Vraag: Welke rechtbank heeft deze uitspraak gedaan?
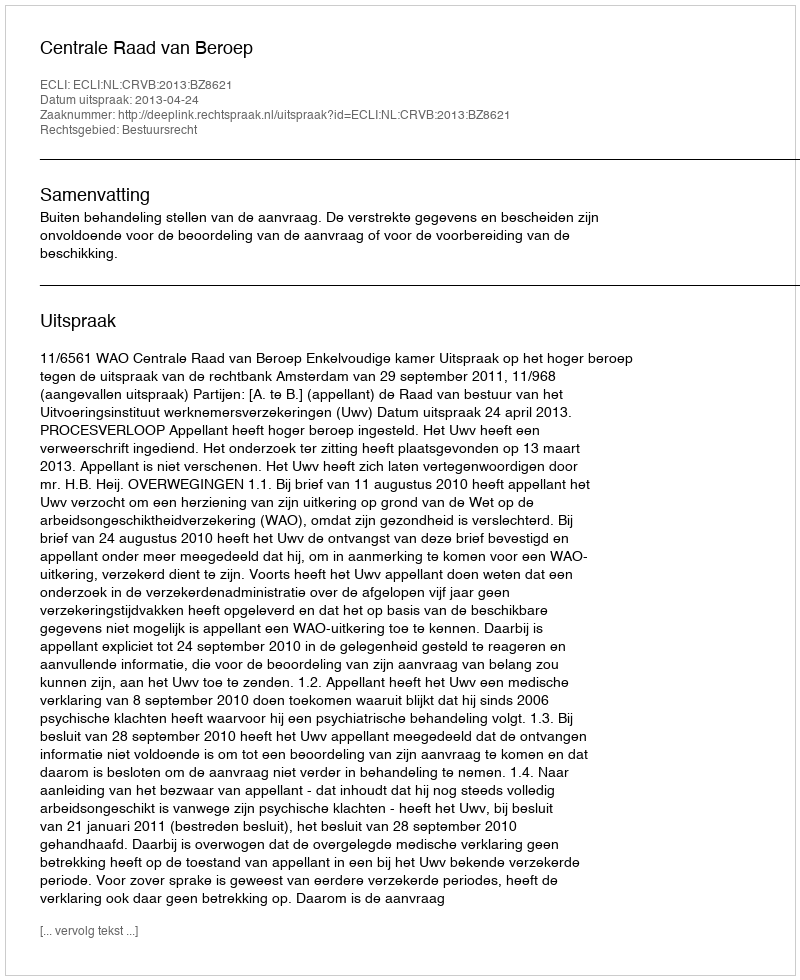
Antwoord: Centrale Raad van Beroep